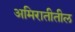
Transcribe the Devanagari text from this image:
अमिरातीतील